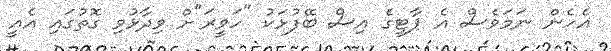
އެހެން ނަމަވެސް އެ ޕާޓީގެ އިސް ބޭފުޅަކު "ހަވީރަ"ށް ވިދާޅުވި ގޮތުގައި އެއީ